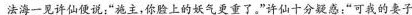
法海一见许仙便说：“施主，你脸上的妖气更重了。”许仙十分疑惑：”可我的妻子